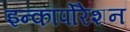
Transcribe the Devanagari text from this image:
इन्कॉर्पोरेशन